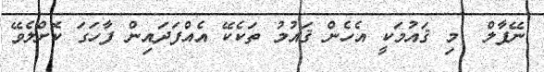
ނޭޕާލް  މި ޤައުމަކީ އެހެން ޤައުމު ތަކެކޭ އެއްފަދައިން ފާހަގަ ކޮށްލެވޭ